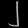
Digit: ၂